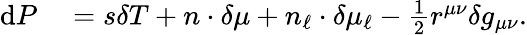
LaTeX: \begin{array}{rl}{\mathrm{d}P}&{{}=s\delta T+n\cdot\delta\mu+n_{\ell}\cdot\delta\mu_{\ell}-\frac{1}{2}r^{\mu\nu}\delta g_{\mu\nu}.}\end{array}